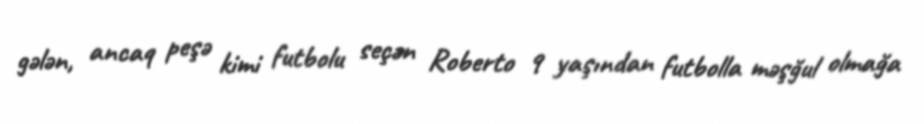
gələn, ancaq peşə kimi futbolu seçən Roberto 9 yaşından futbolla məşğul olmağa